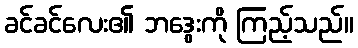
ခင်ခင်လေး၏ ဘဒွေးကို ကြည့်သည်။